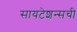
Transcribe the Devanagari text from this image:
सायटेशन्सची